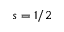
s = 1 / 2